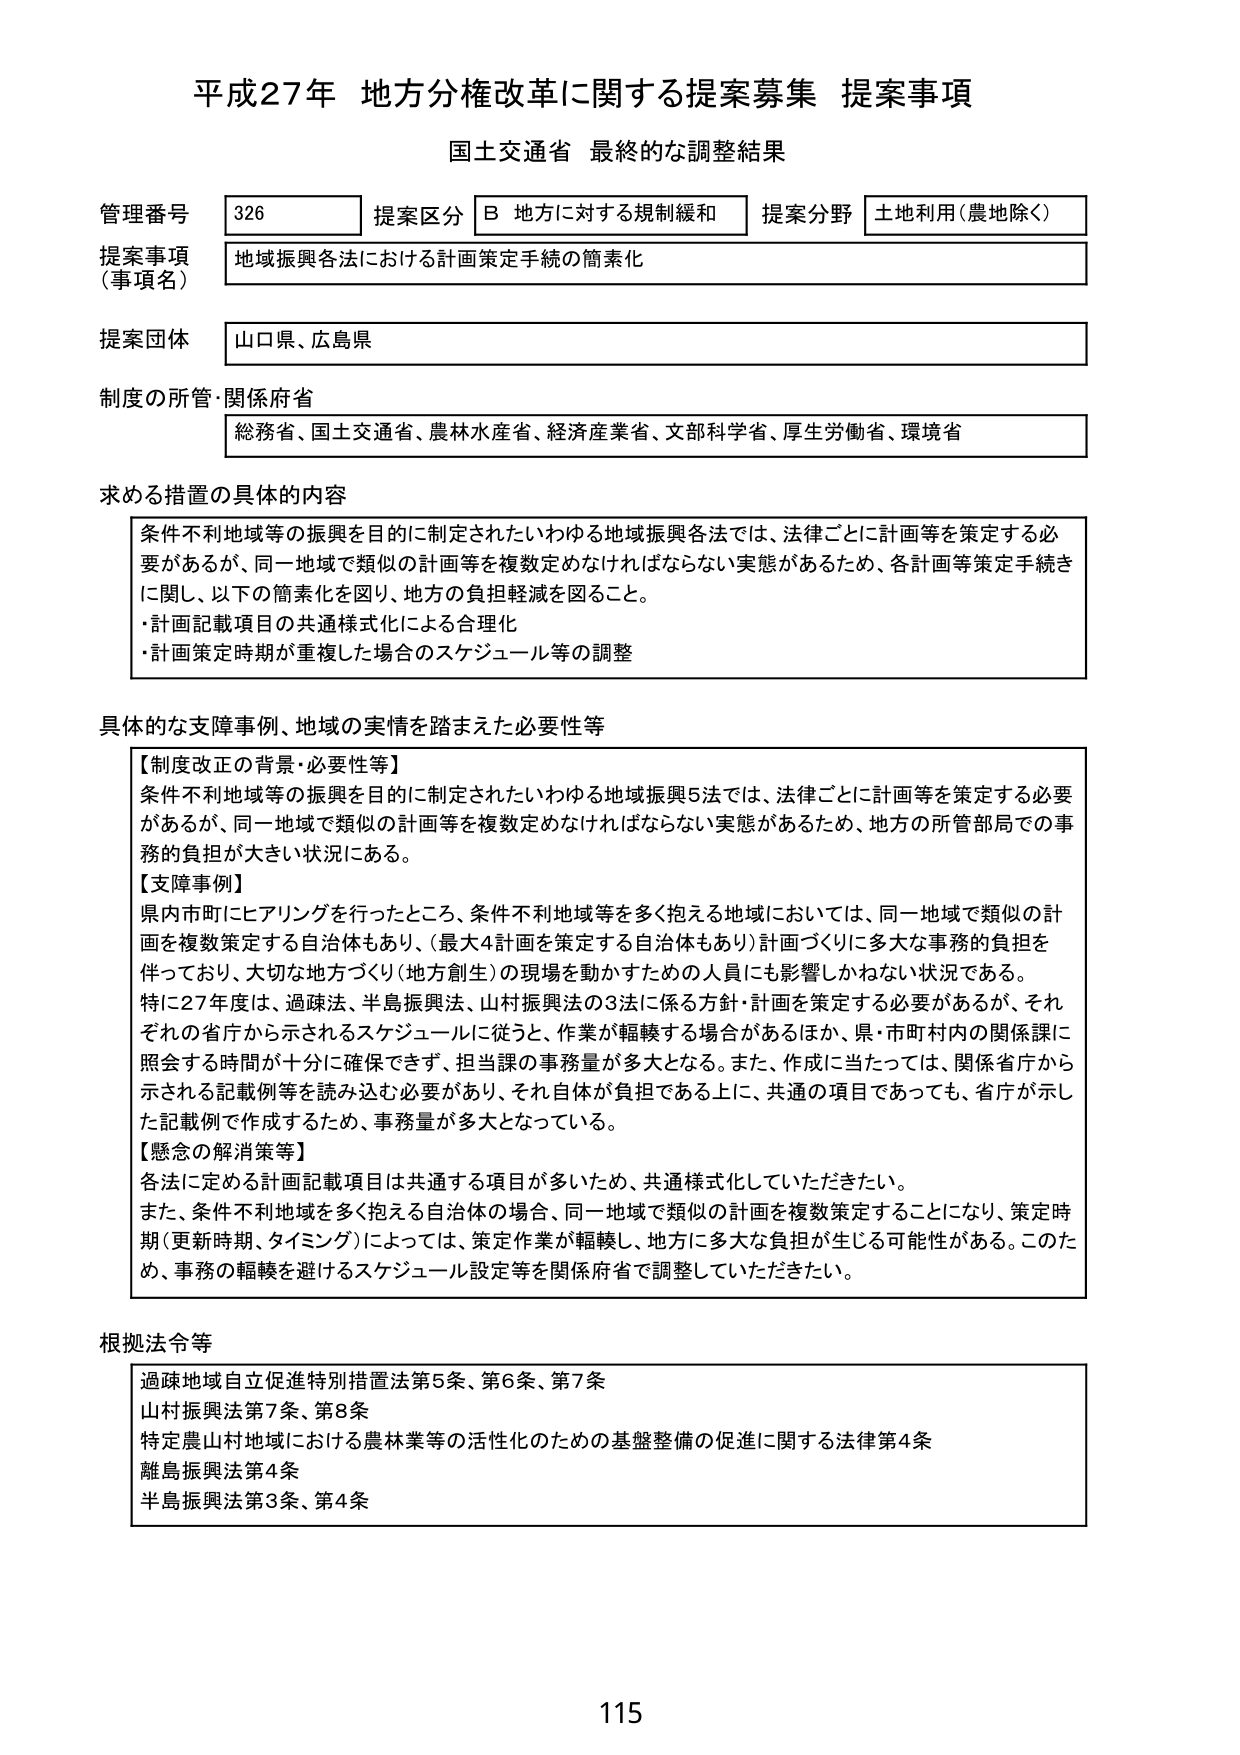
平成27年 地方分権改革に関する提案募集 提案事項
国土交通省 最終的な調整結果

管理番号 326 提案区分 B 地方に対する規制緩和 提案分野 土地利用（農地除く）
提案事項（事項名） 地域振興各法における計画策定手続の簡素化
提案団体 山口県、広島県
制度の所管・関係府省 総務省、国土交通省、農林水産省、経済産業省、文部科学省、厚生労働省、環境省

求める措置の具体的内容
条件不利地域等の振興を目的に制定されたいわゆる地域振興各法では、法律ごとに計画等を策定する必要があるが、同一地域で類似の計画等を複数定めなければならない実態があるため、各計画等策定手続きに関して、以下の簡素化を図り、地方の負担軽減を図ること。
・計画記載項目の共通様式化による合理化
・計画策定時期が重複した場合のスケジュール等の調整

具体的な支援事例、地域の実情を踏まえた必要性等
【制度改正の背景・必要性等】
条件不利地域等の振興を目的に制定されたいわゆる地域振興5法では、法律ごとに計画等を策定する必要があるが、同一地域で類似の計画等を複数定めなければならない実態があるため、地方の所管部局での事務の負担が大きい状況にある。
【支援事例】
県内市町にヒアリングを行ったところ、条件不利地域等を多く抱える地域においては、同一地域で類似の計画を複数策定する自治体もあり、（最大4計画を策定する自治体もあり）計画づくりに多大な事務的負担を伴っており、大切な地方づくり（地方創生）の現場を動かすための人員にも影響しかねない状況である。
特に27年度は、過疎法、半島振興法、山村振興法の3法に係る方針・計画を策定する必要があるが、それぞれの省庁から示されるスケジュールに従うと、作業が軽轡する場合があるほか、県・市町村内の関係課に照会する時間が十分に確保できず、担当課の事務量が多大となる。また、作成に当たっては、関係省庁から示される記載例等を読み込む必要があり、それ自体が負担である上に、共通の項目であっても、省庁が示した記載例で作成するため、事務量が多大となっている。
【懸念の解消策等】
各法に定める計画記載項目は共通する項目が多いため、共通様式化していただきたい。
また、条件不利地域を多く抱える自治体の場合、同一地域で類似の計画を複数策定することになり、策定時期（更新時期、タイミング）によっては、策定作業が軽轡し、地方に多大な負担が生じる可能性がある。このため、事務の軽轡を避けるスケジュール設定等を関係府省で調整していただきたい。

根拠法令等
過疎地域自立促進特別措置法第5条、第6条、第7条
山村振興法第7条、第8条
特定農山村地域における農林業等の活性化のための基盤整備の促進に関する法律第4条
離島振興法第4条
半島振興法第3条、第4条

115